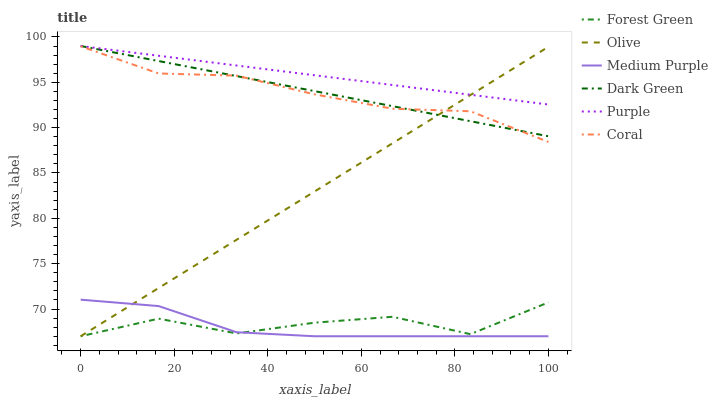
| xaxis_label | Forest Green | Olive | Medium Purple | Dark Green | Purple | Coral |
 | --- | --- | --- | --- | --- | --- | --- |
 | 0 | 67 | 67 | 71 | 99 | 99 | 99 |
 | 16.7 | 68.9 | 72.3 | 70.3 | 97.3 | 97.9 | 96 |
 | 33.3 | 67.3 | 77.6 | 67.4 | 95.7 | 96.9 | 95.7 |
 | 50 | 68.5 | 83 | 67 | 94 | 95.8 | 93.7 |
 | 66.7 | 69.1 | 88.3 | 67 | 92.4 | 94.7 | 92.1 |
 | 83.3 | 67.2 | 93.6 | 67 | 90.7 | 93.6 | 91.8 |
 | 100 | 70.7 | 98.9 | 67 | 89.1 | 92.6 | 88.4 |